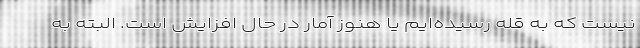
نیست که به قله رسیده‌ایم یا هنوز آمار در حال افزایش است. البته به